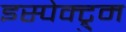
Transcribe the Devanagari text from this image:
इस्पेक्ट्रुम